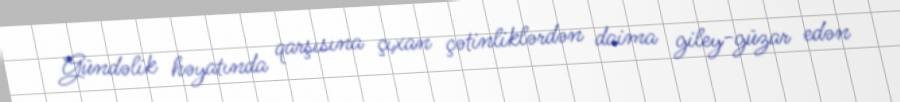
Gündəlik həyatında qarşısına çıxan çətinliklərdən daima giley-güzar edən